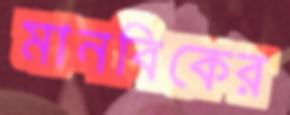
মানবিকের